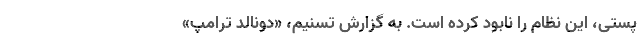
پُستی، این نظام را نابود کرده است. به گزارش تسنیم، «دونالد ترامپ»